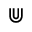
\Cup